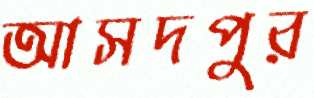
আসদপুর